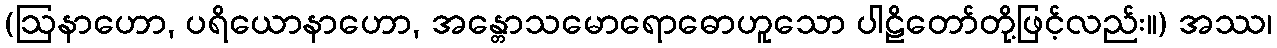
(ဩနာဟော, ပရိယောနာဟော, အန္တောသမောရောဓောဟူသော ပါဠိတော်တို့ဖြင့်လည်း။) အဿ၊